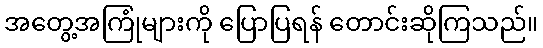
အတွေ့အကြုံများကို ပြောပြရန် တောင်းဆိုကြသည်။